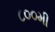
૮૦૦મી